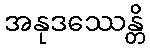
အနုဒဿေန္တိ